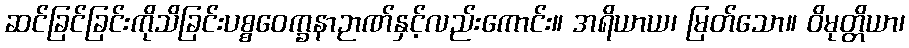
ဆင်ခြင်ခြင်းကိုသိခြင်းပစ္စဝေက္ခနာဉာဏ်နှင့်လည်းကောင်း။ အရိယာယ၊ မြတ်သော။ ဝိမုတ္တိယာ၊